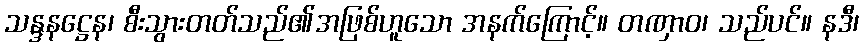
သန္ဒနဋ္ဌေန၊ စီးသွားတတ်သည်၏အဖြစ်ဟူသော အနက်ကြောင့်။ တဏှာဝ၊ သည်ပင်။ နဒီ၊